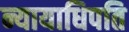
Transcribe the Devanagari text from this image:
न्यायाधिपति